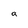
Character: a